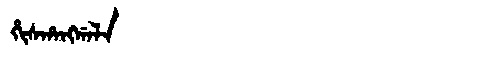
Manchu: ᡥᡳᠰᡥᠠᠩᡤᠠᠯᠠ
Romanization: HISHANGGALA